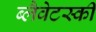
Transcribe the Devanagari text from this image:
ब्लैवेटस्की